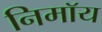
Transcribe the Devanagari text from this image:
निमाॅय